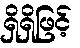
ရှိရှိဖြင့်